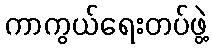
ကာကွယ်ရေးတပ်ဖွဲ့